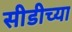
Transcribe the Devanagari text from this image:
सीडीच्या